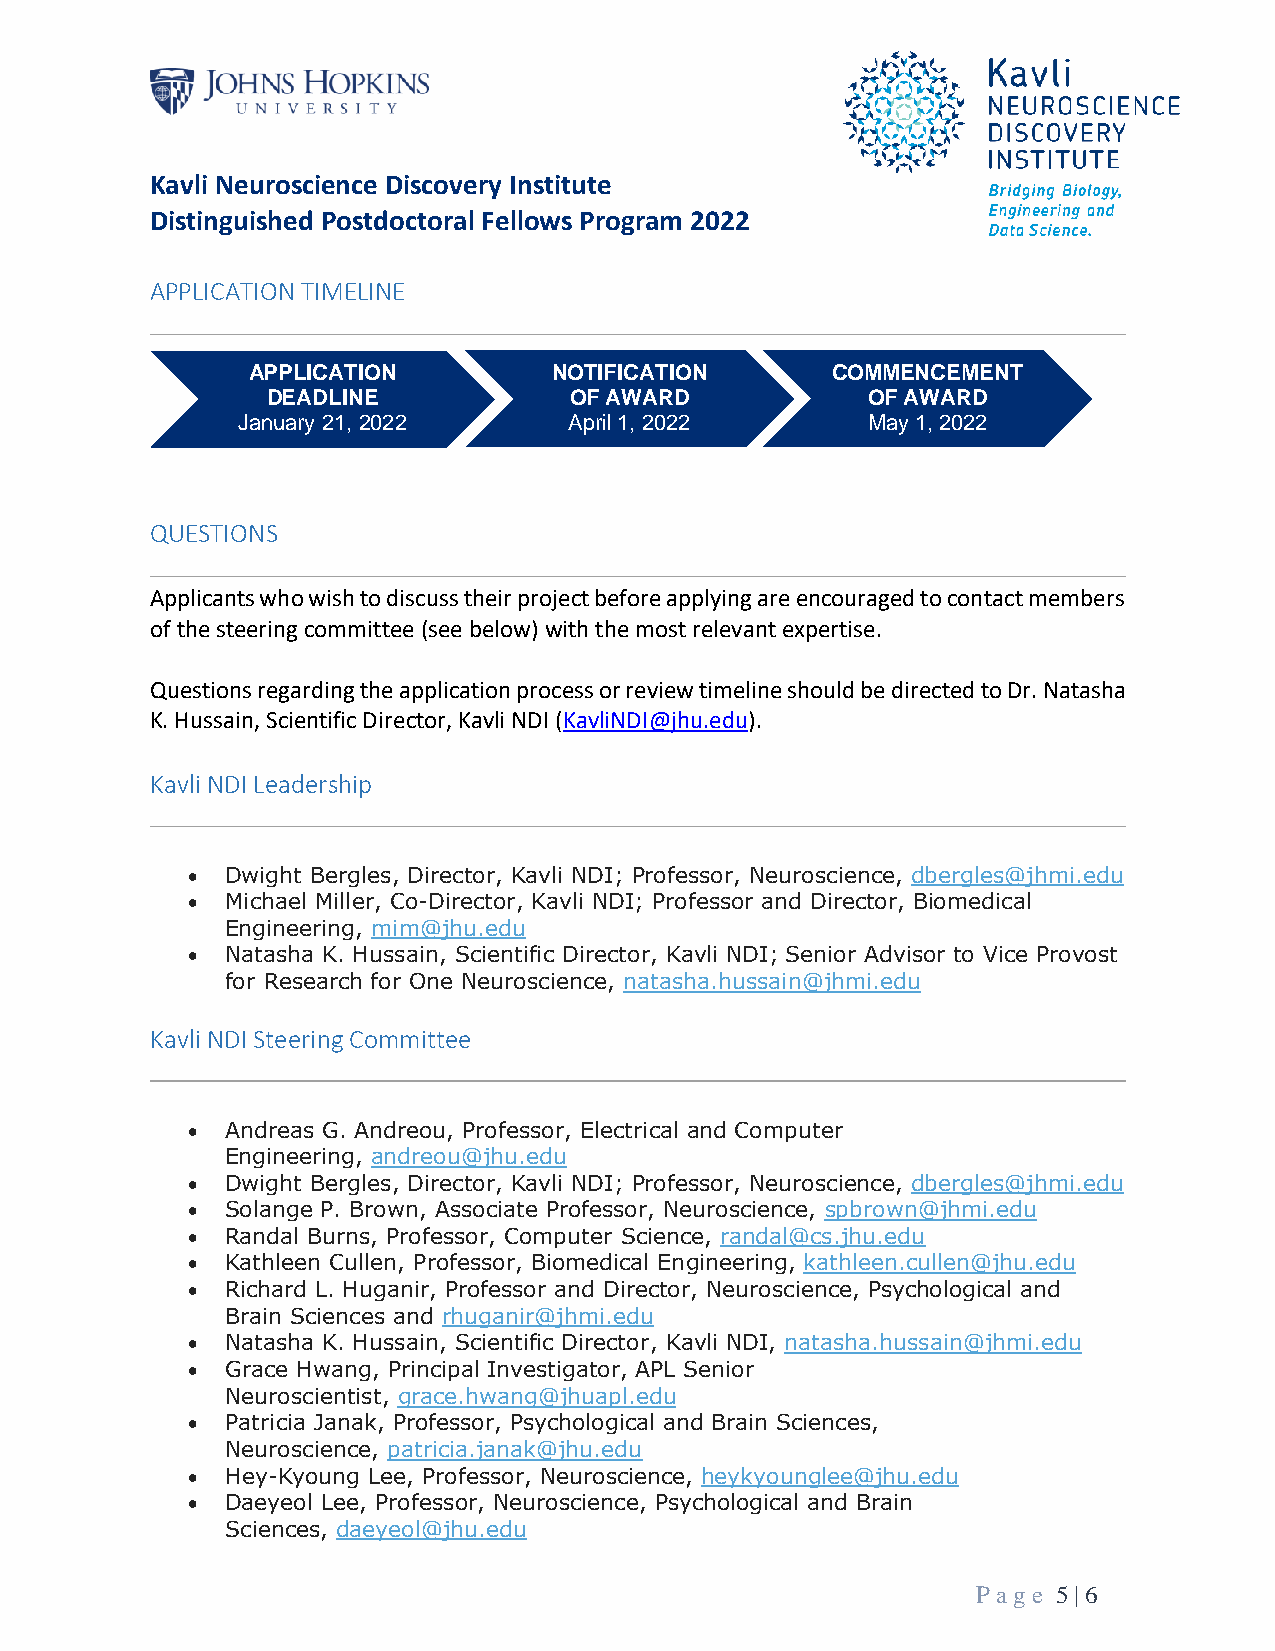
Kavli Neuroscience Discovery Institute
 Distinguished Postdoctoral Fellows Program 2022
 APPLICATION TIMELINE
 APPLICATION          NOTIFICATION      COMMENCEMENT
 DEADLINE            OF AWARD           OF AWARD
 January 21, 2022      April 1, 2022      May 1, 2022
 QUESTIONS
 Applicants who wish to discuss their project before applying are encouraged to contact members
 of the steering committee (see below) with the most relevant expertise.
 Questions regarding the application process or review timeline should be directed to Dr. Natasha
 K. Hussain, Scientific Director, Kavli NDI (KavliNDI@jhu.edu).
 Kavli NDI Leadership
 •  Dwight Bergles, Director, Kavli NDI; Professor, Neuroscience, dbergles@jhmi.edu
 •  Michael Miller, Co-Director, Kavli NDI; Professor and Director, Biomedical
 Engineering, mim@jhu.edu
 •  Natasha K. Hussain, Scientific Director, Kavli NDI; Senior Advisor to Vice Provost
 for Research for One Neuroscience, natasha.hussain@jhmi.edu
 Kavli NDI Steering Committee
 •  Andreas G. Andreou, Professor, Electrical and Computer
 Engineering, andreou@jhu.edu
 •  Dwight Bergles, Director, Kavli NDI; Professor, Neuroscience, dbergles@jhmi.edu
 •  Solange P. Brown, Associate Professor, Neuroscience, spbrown@jhmi.edu
 •  Randal Burns, Professor, Computer Science, randal@cs.jhu.edu
 •  Kathleen Cullen, Professor, Biomedical Engineering, kathleen.cullen@jhu.edu
 •  Richard L. Huganir, Professor and Director, Neuroscience, Psychological and
 Brain Sciences and rhuganir@jhmi.edu
 •  Natasha K. Hussain, Scientific Director, Kavli NDI, natasha.hussain@jhmi.edu
 •  Grace Hwang, Principal Investigator, APL Senior
 Neuroscientist, grace.hwang@jhuapl.edu
 •  Patricia Janak, Professor, Psychological and Brain Sciences,
 Neuroscience, patricia.janak@jhu.edu
 •  Hey-Kyoung Lee, Professor, Neuroscience, heykyounglee@jhu.edu
 •  Daeyeol Lee, Professor, Neuroscience, Psychological and Brain
 Sciences, daeyeol@jhu.edu
 P age 5 | 6